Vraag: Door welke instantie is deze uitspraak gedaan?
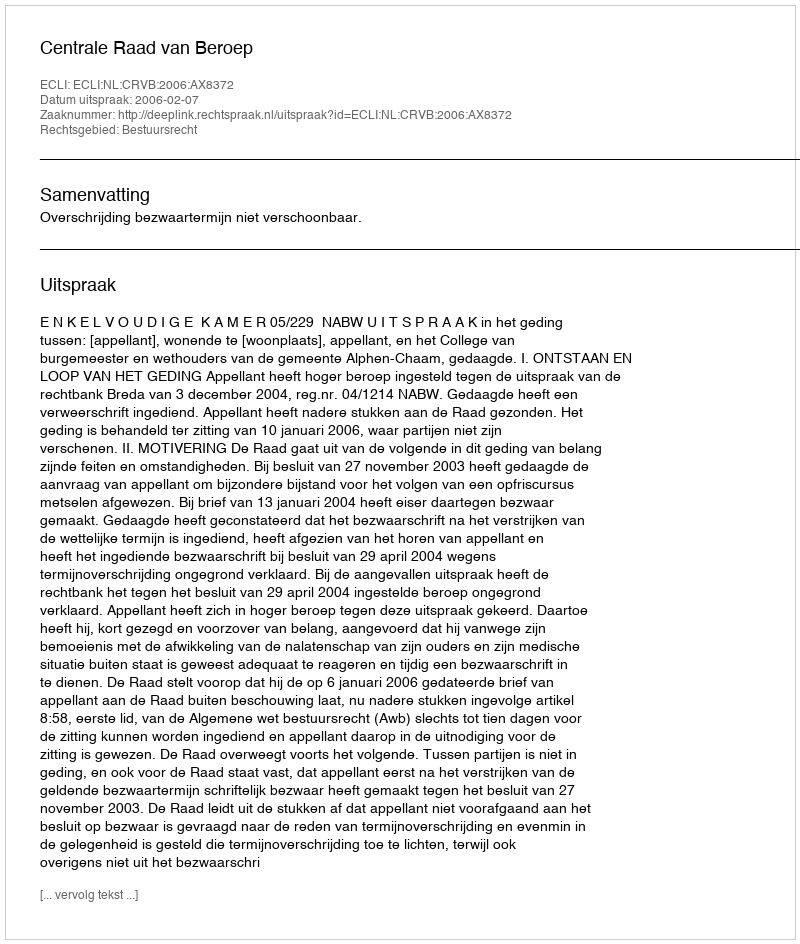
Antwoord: Centrale Raad van Beroep